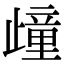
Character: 𣦟